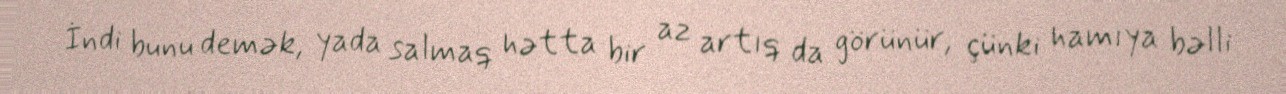
İndi bunu demək, yada salmaq hətta bir az artıq da görünür, çünki hamıya bəlli